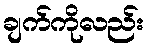
ချက်ကိုလည်း